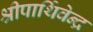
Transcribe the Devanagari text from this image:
श्रीपार्थिवेन्द्र